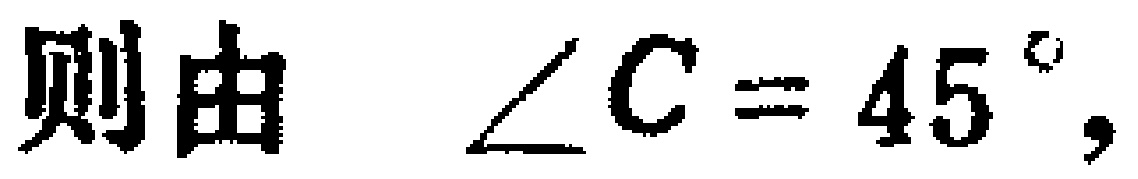
则由 $\angle C = 45^{\circ},$